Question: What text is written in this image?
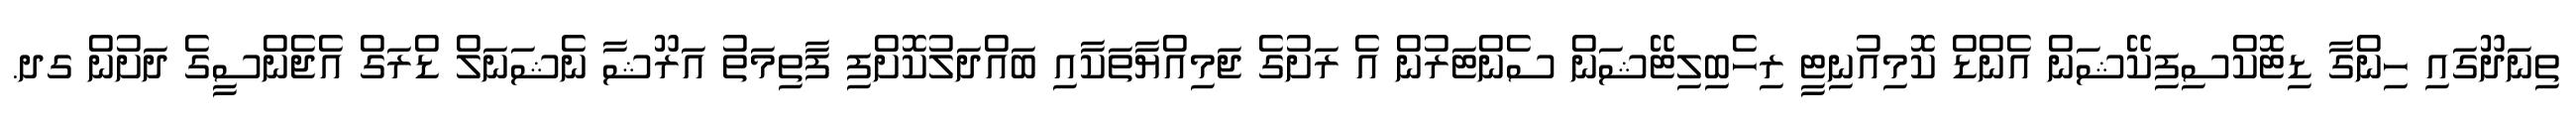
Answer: ތިނަދޫގައި ހިންގާ ޑިޓޮކްސިފިކޭޝަން އެންޑް ކޮމިއުނިޓީ ރިހެބިލިޓޭޝަން ސެންޓަރުން އެ ރަށުގެ ޖަމިއްޔާތަކާއި ބައްދަލުކޮށްފި ފާތިމަތު އަރޫޝާ ނެޝަނަލް ޑްރަގް އެޖެންސީގެ ދަށުން ގދ.